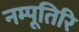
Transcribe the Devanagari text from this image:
नम्पूतिरि